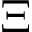
\Xi